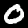
Digit: 0